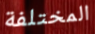
المختلفة